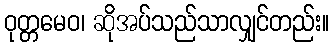
ဝုတ္တမေဝ၊ ဆိုအပ်သည်သာလျှင်တည်း။